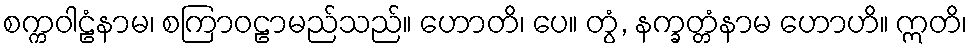
စက္ကဝါဠံနာမ၊ စကြာဝဠာမည်သည်။ ဟောတိ၊ ပေ။ တွံ, နက္ခတ္တံနာမ ဟောဟိ။ ဣတိ၊